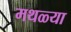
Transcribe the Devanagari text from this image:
मथळ्या